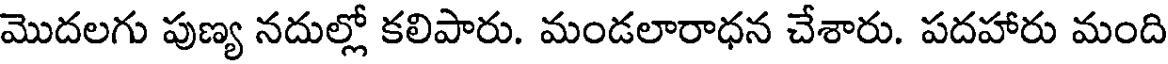
మొదలగు పుణ్య నదుల్లో కలిపారు. మండలారాధన చేశారు. పదహారు మంది